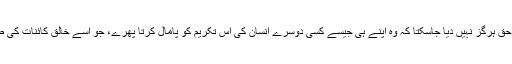
لہٰذا کسی بھی شخص کو یہ حق ہرگز نہیں دیا جاسکتا کہ وہ اپنے ہی جیسے کسی دوسرے انسان کی اس تکریم کو پامال کرتا پھرے، جو اسے خالق کائنات کی طرف سے عطا کی گئی ہے۔